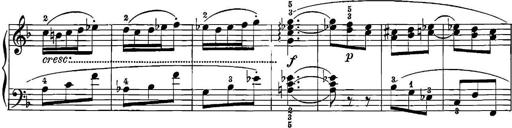
Title: 12 Sonatinas
Composer: Ignaz Pleyel